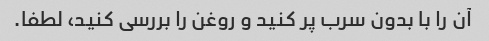
آن را با بدون سرب پر کنید و روغن را بررسی کنید، لطفا.